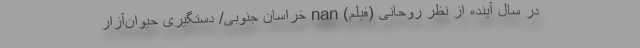
در سال آینده از نظر روحانی (فیلم) nan خراسان جنوبی/ دستگیری حیوان‌آزار